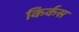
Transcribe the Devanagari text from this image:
किर्कस